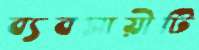
ব্যবসায়ীটি